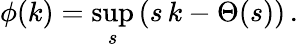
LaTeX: \phi(k)=\operatorname*{sup}_{s}\left(s\, k-\Theta(s)\right)\, .